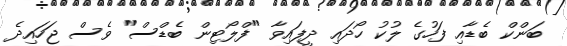
ބަންކް ބެޑާއި ފަހުގެ ލުކު ހޯދައި ދީފައިވާ "ފްލޯޓިން ބެޑްސް" ވެސް ޖަހައިދެ